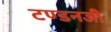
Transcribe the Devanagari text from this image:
टण्डनजी